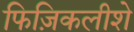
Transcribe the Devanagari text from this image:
फिज़िकलीशे